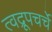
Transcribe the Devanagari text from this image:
त्वद्रूपचर्चे